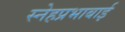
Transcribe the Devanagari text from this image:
स्नेहप्रभाबाई